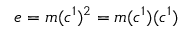
e = m ( c ^ { 1 } ) ^ { 2 } = m ( c ^ { 1 } ) ( c ^ { 1 } )